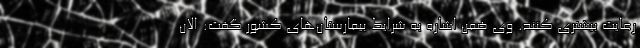
رعایت بیشتری کنند. وی ضمن اشاره به شرایط بیمارستان‌های کشور گفت: الان